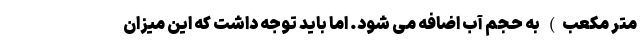
متر مکعب) به حجم آب اضافه می شود. اما باید توجه داشت که این میزان